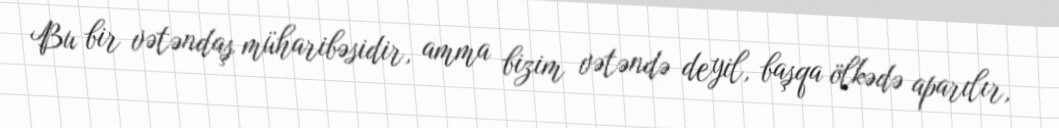
Bu bir vətəndaş müharibəsidir, amma bizim vətəndə deyil, başqa ölkədə aparılır,